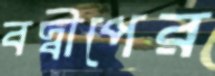
বদ্বীপের